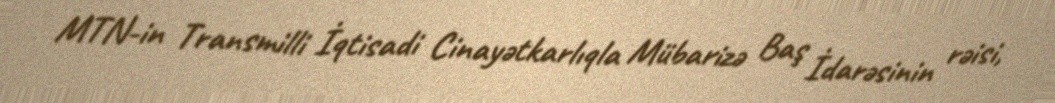
MTN-in Transmilli İqtisadi Cinayətkarlıqla Mübarizə Baş İdarəsinin rəisi,